Report on lock hospitals in British Burma
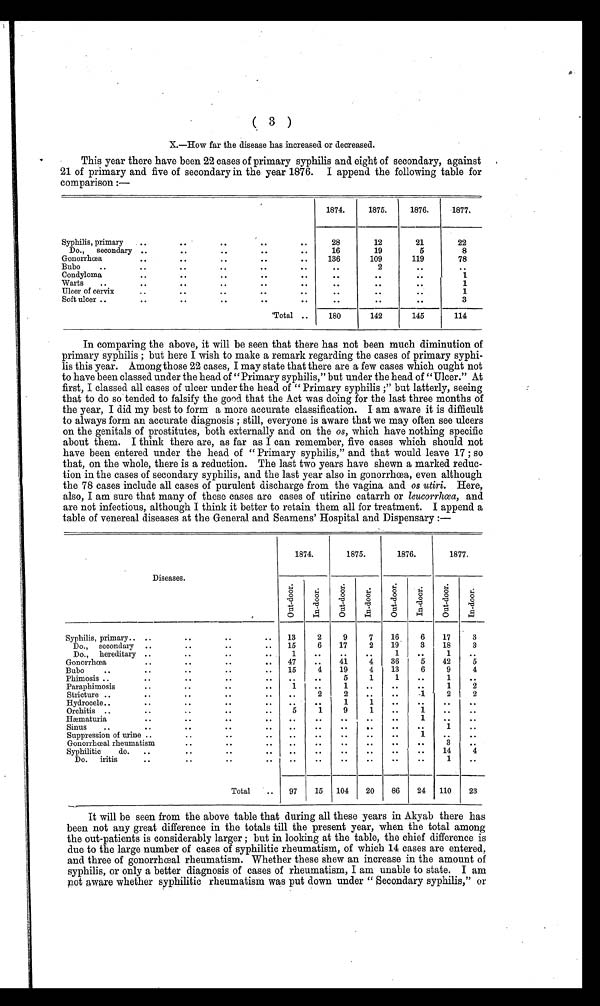
(3)
X.—How far the disease has increased or decreased.
This year there have been 22 cases of primary syphilis and eight of secondary, against
21 of primary and five of secondary in the year 1876. I append the following table for
comparison :—
1874.
1875.
1876.
1877.
Syphilis, primary
..
..
. .
..
28
12
21
22
Do.,
secondary ..
. .
..
..
..
16
19
5
8
Gonorrhœa
..
. .
..
..
..
136
109
119
78
Bubo..
..
..
..
. .
..
. .
2
. .
. .
C ondyloma
..
..
..
..
..
..
..
..
1
Warts
..
..
..
..
..
..
..
. .
1
Ulcer of cervix
..
..
..
. .
..
..
..
..
1
Soft ulcer ..
..
..
..
..
. .
..
..
. .
3
'Total ..
180
142
145
114
In comparing the above, it will be seen that there has not been much diminution of
primary syphilis ; but here I wish to make a remark regarding the cases of primary syphi-
lis this year. Among those 22 cases, I may state that there are a few cases which ought not
to have been classed under the head of "Primary syphilis," but under the head of "Ulcer." At
first, I classed all cases of ulcer under the head of " Primary syphilis ;" but latterly, seeing
that to do so tended to falsify the good that the Act was doing for the last three months of
the year, I did my best to form a more accurate classification. I am aware it is difficult
to always form an accurate diagnosis ; still, everyone is aware that we may often see ulcers
on the genitals of prostitutes, both externally and on the os , which have nothing specific
about them. I think there are, as far as I can remember, five cases which should not
have been entered under the head of "Primary syphilis," and that would leave 17 ; so
that, on the whole, there is a reduction. The last two years have shewn a marked reduc-
tion in the cases of secondary syphilis, and the last year also in gonorrhœa, even although
the 78 cases include all cases of purulent discharge from the vagina and os utiri. Here,
also, I am sure that many of these cases are cases of utirine catarrh or leucorrhœa, and
are not infectious, although I think it better to retain them all for treatment. I append a
table of venereal diseases at the General and Seamens' Hospital and Dispensary :—
Diseases.
1874.
1875.
1876.
1877.
Out -door.
In-door.
Ou t - d o o r .
I n - d o o r .
Out - door .
I n- door .
Out - door .
I n- door .
Syphilis, primary..
. .
. .
..
..
13
2
9
7
16
6
17
3
Do.,
secondary
..
. .
. .
..
15
6
17
2
1 9
3
18
3
Do.,
hereditary ..
. .
. .
..
1
..
. .
..
1
..
1
. .
Gonorrhœa
..
..
. .
. .
47
..
41
4
36
5
42
5
Bubo
..
..
..
..
..
15
4
19
4
13
6
9
4
Phimosis ..
..
. .
..
. .
..
. .
5
1
1
. .
1
. .
Paraphimosis
..
. .
..
. .
1
..
1
. .
..
..
1
2
Stricture ..
..
..
..
..
. .
2
2
..
. .
1
2
2
Hydrocele ..
••
. .
. .
..
..
. .
1
1
..
. .
..
..
Orchitis .. ..
..
. .
..
5
1
9
1
. .
1
..
..
Hæmaturia
..
. .
..
..
..
..
..
. .
1
. .
..
Sinus
..
..
. .
..
..
. .
..
. .
..
. .
..
1
..
Suppression of urine ..
..
..
..
. .
. .
..
..
. .
1
. .
..
Gonorrhœal rheumatism
..
..
..
. .
. .
..
..
. .
. .
3
. .
Syphilitic
do.
..
..
..
. .
. .
. .
. .
. .
..
..
14
4
Do.
iritis
..
. .
. .
. .
. .
. .
. .
. .
. .
..
1
..
Total
..
97
15
104
20
86
24
110
23
It will be seen from the above table that during all these years in Akyab there has
been not any great difference in the totals till the present year, when the total among
the out-patients is considerably larger ; but in looking at the table, the chief difference is
due to the large number of cases of syphilitic rheumatism, of which 14 cases are entered,
and three of gonorrhœal rheumatism. Whether these shew an increase in the amount of
syphilis, or only a better diagnosis of cases of rheumatism, I am unable to state. I am
not aware whether syphilitic rheumatism was put down under " Secondary syphilis," or